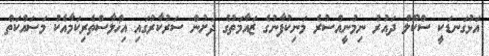
އަޅުގަނޑަކީ ސްކޫލް ދައުރު ނިމުނީއްސުރެ މަނިކުފާނުގެ ޒައާމަތުގެ ދަށުން ސަރުކާރުގައި އިޚްލާސްތެރިކަމާއެކު މަސައްކަތް